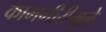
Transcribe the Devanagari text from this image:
कामगीरीमुळे